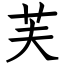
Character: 芙